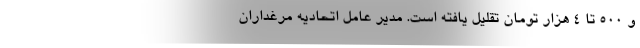
و ۵۰۰ تا ۴ هزار تومان تقلیل یافته است. مدیر عامل اتحادیه مرغداران